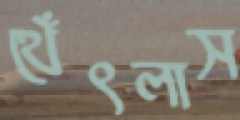
থেঁৎলাস